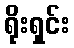
ရိုးရှင်း